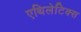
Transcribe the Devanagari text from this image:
एथिलेटिक्स